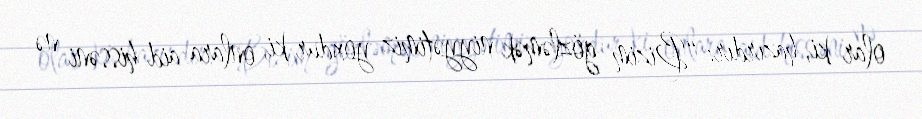
olar ki, hazırdır: “Bizim gözləmək niyyətimiz yoxdur ki, onlara aid hissəni nə